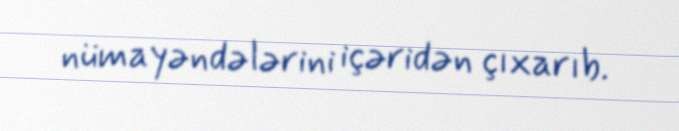
nümayəndələrini içəridən çıxarıb.